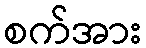
စက်အား